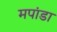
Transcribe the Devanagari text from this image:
मपांडा